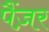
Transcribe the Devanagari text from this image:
पैंज़र